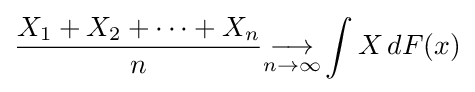
{\frac {X_{1}+X_{2}+\cdots +X_{n}}{n}}{\underset {n\to \infty }{\longrightarrow }}\int X\,dF(x)